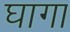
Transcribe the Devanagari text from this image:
घागा